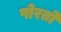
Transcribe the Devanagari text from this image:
पोरतो